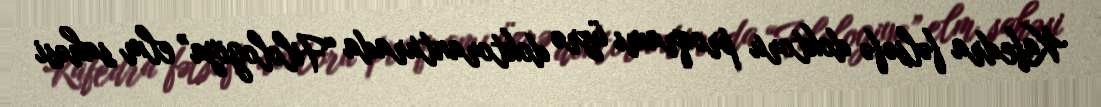
Kafedra fəlsəfə doktoru proqramı üzrə doktoranturada “Filologiya” elm sahəsi